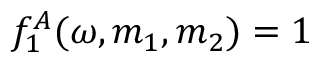
f _ { 1 } ^ { A } ( \omega , m _ { 1 } , m _ { 2 } ) = 1